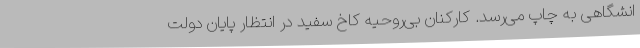
انشگاهی به چاپ می‌رسد. کارکنان بی‌روحیه کاخ سفید در انتظار پایان دولت